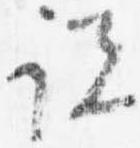
説